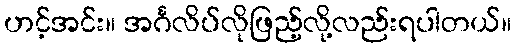
ဟင့်အင်း။ အင်္ဂလိပ်လိုဖြည့်လို့လည်းရပါတယ်။